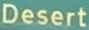
Desert